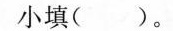
小填()。